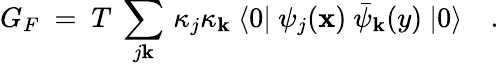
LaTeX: G_{F}~=~T~\sum_{j\mathbf{k}}\, \kappa_{j}\kappa_{\mathbf{k}}~\langle0|~\psi_{j}(\mathbf{x})~\bar{{\psi}}_{\mathbf{k}}(y)~|0\rangle\quad.